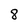
Character: 8